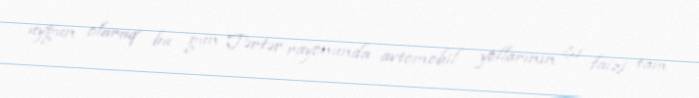
uyğun olaraq bu gün Tərtər rayonunda avtomobil yollarının 81 faizi tam